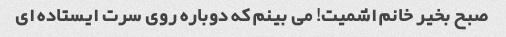
صبح بخیر خانم اشمیت! می بینم که دوباره روی سرت ایستاده ای